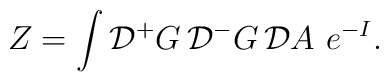
Z= \int {\cal D} {^+}G \, {\cal D} {^-}G \, {\cal D} A\,\,e^{-I}.